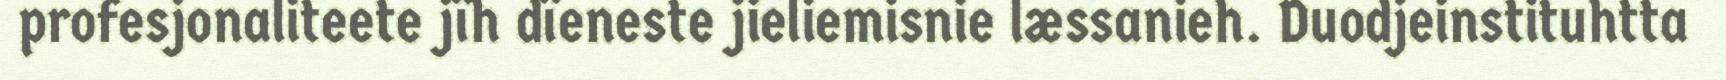
profesjonaliteete jïh dïeneste jieliemisnie læssanieh. Duodjeinstituhtta